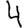
Digit: 4